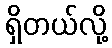
ရှိတယ်လို့